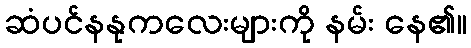
ဆံပင်နနုကလေးများကို နမ်း နေ၏။